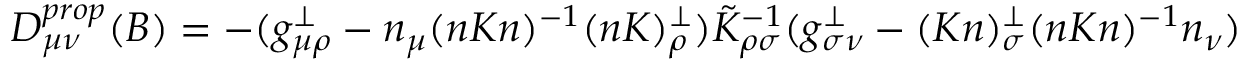
D _ { \mu \nu } ^ { p r o p } ( B ) = - ( g _ { \mu \rho } ^ { \perp } - n _ { \mu } ( n K n ) ^ { - 1 } ( n K ) _ { \rho } ^ { \perp } ) \tilde { K } _ { \rho \sigma } ^ { - 1 } ( g _ { \sigma \nu } ^ { \perp } - ( K n ) _ { \sigma } ^ { \perp } ( n K n ) ^ { - 1 } n _ { \nu } )